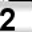
Digit: 2